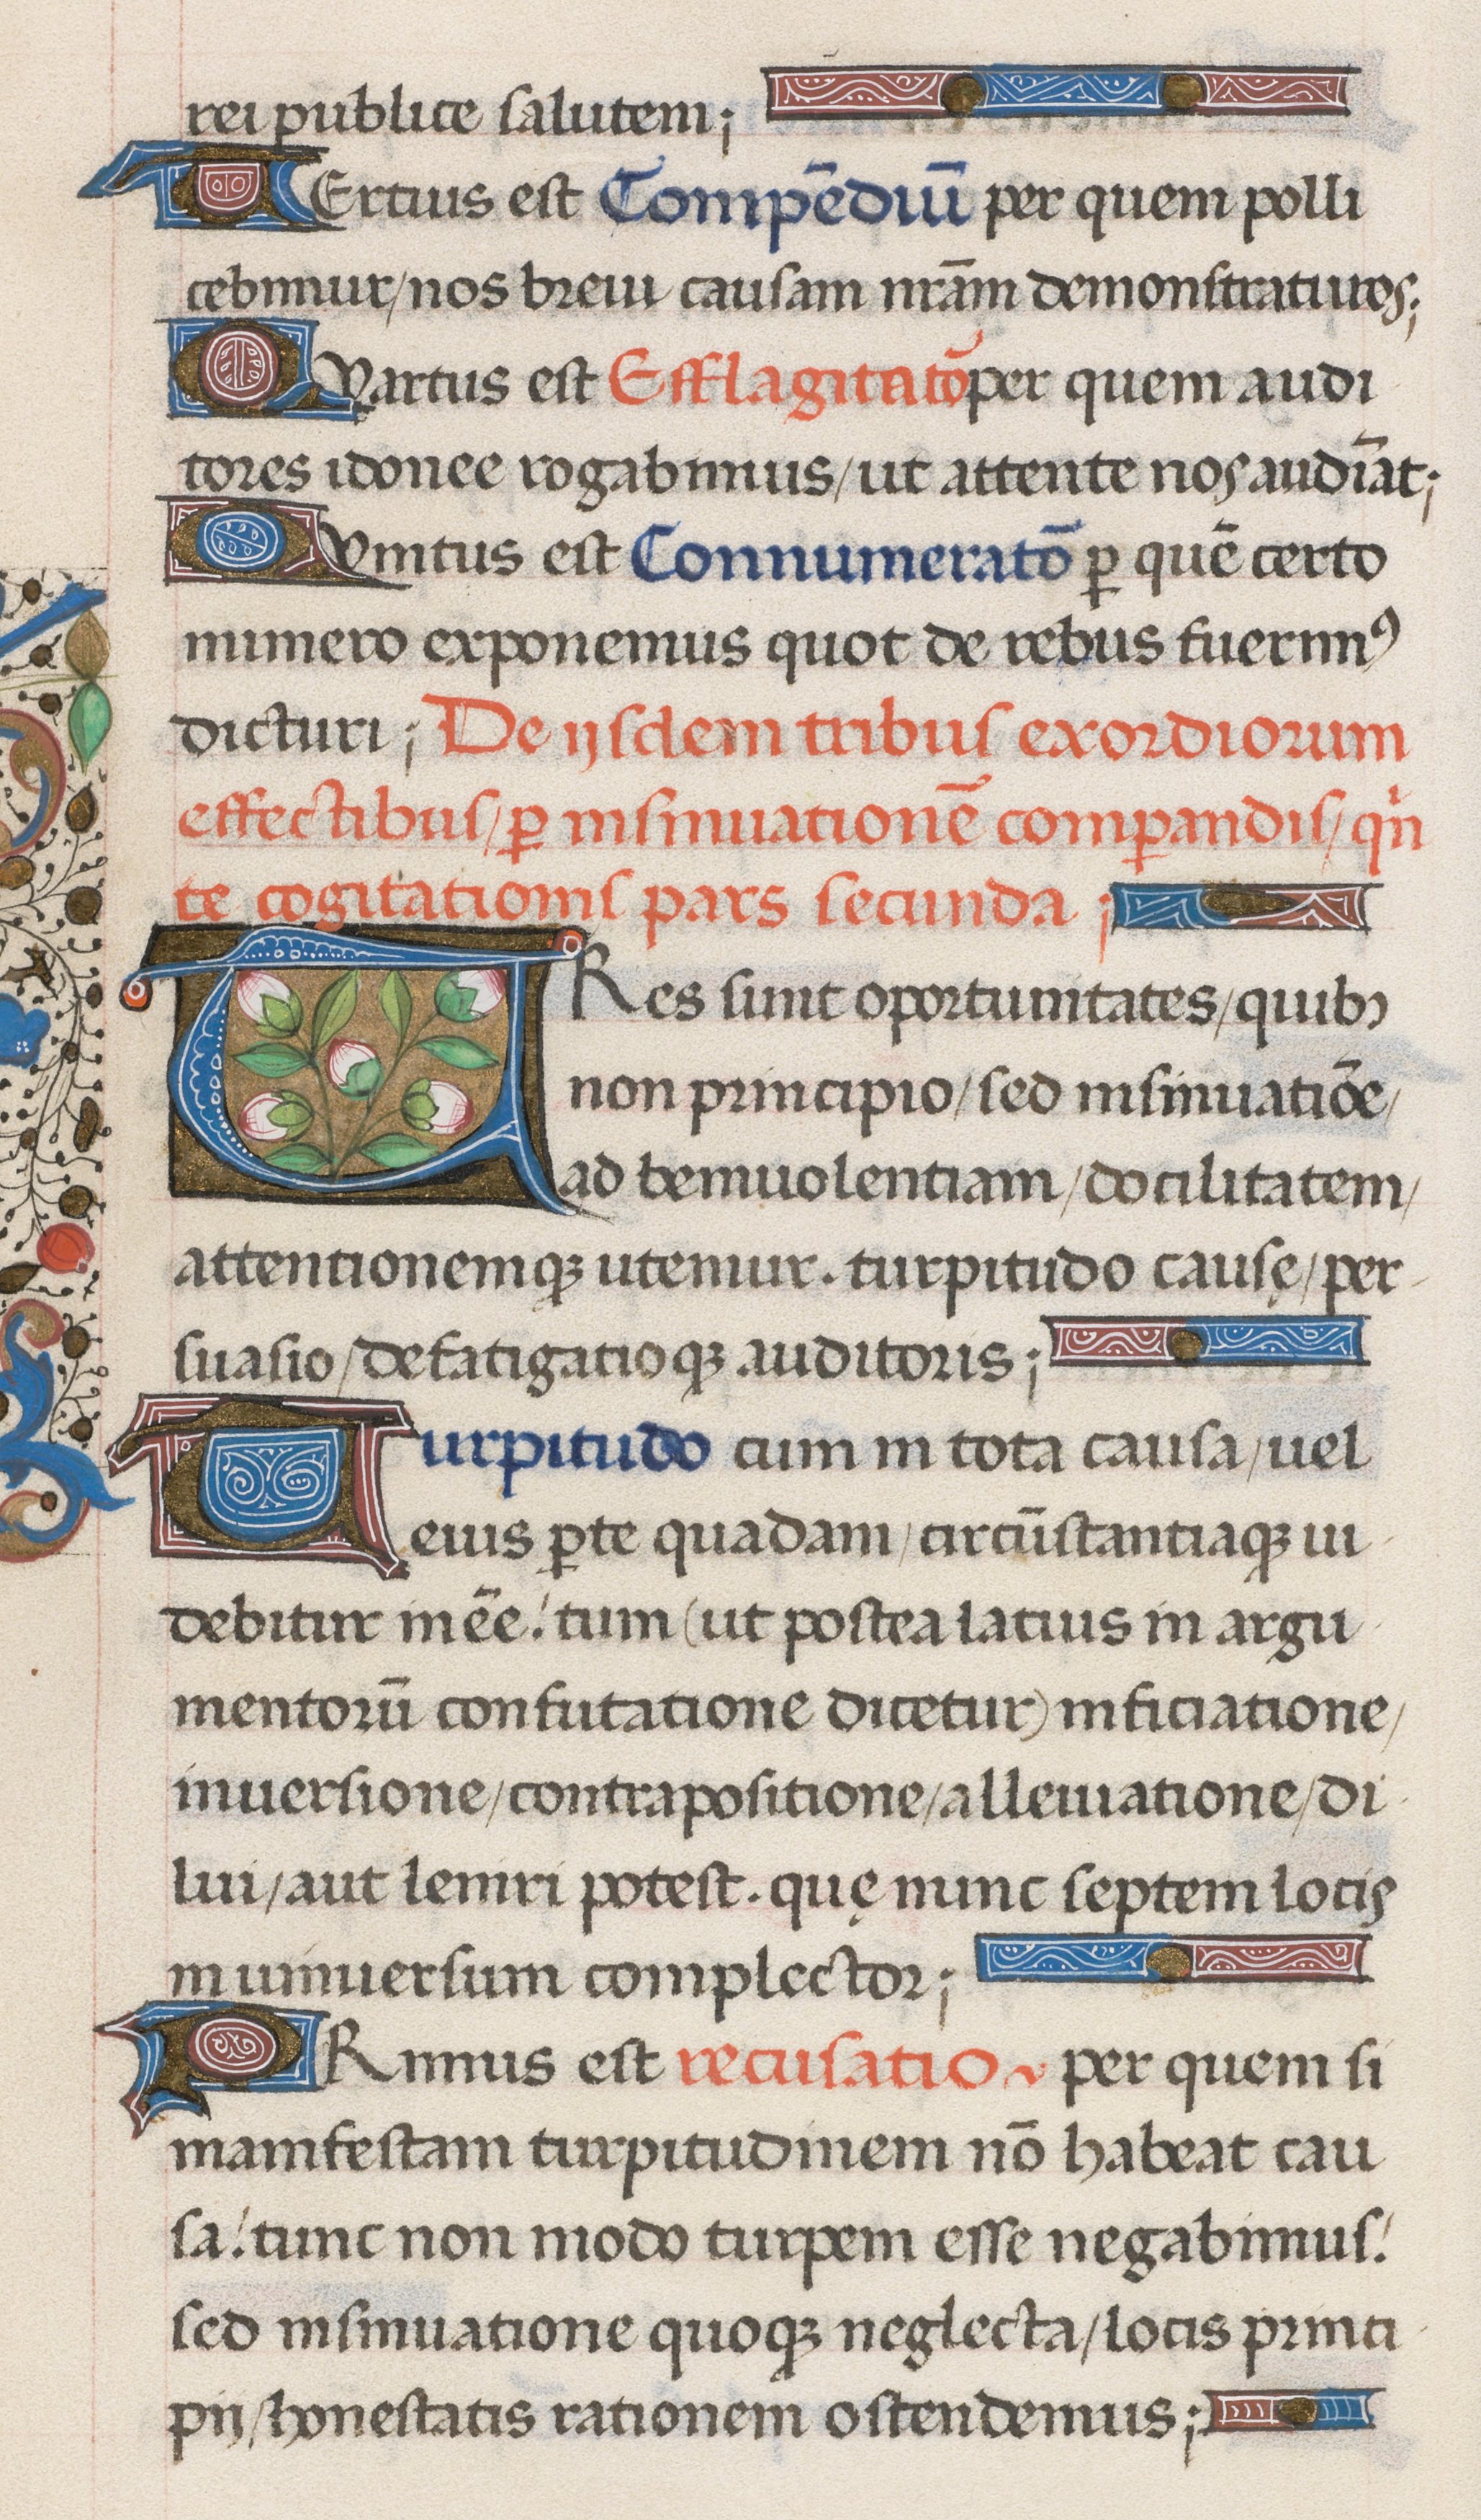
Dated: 1471–1471